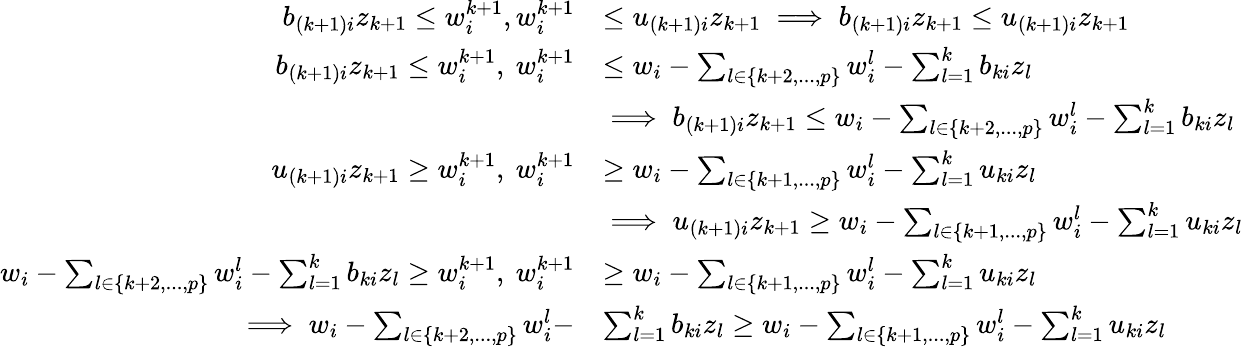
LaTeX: \begin{array}{rl}{b_{(k+1)i}z_{k+1}\leq w_{i}^{k+1},w_{i}^{k+1}}&{\leq u_{(k+1)i}z_{k+1}\implies b_{(k+1)i}z_{k+1}\leq u_{(k+1)i}z_{k+1}}\\ {b_{(k+1)i}z_{k+1}\leq w_{i}^{k+1},~w_{i}^{k+1}}&{\leq w_{i}-\sum_{l\in\{ k+2,...,p\} }w_{i}^{l}-\sum_{l=1}^{k}b_{ki}z_{l}}\\ &{\implies b_{(k+1)i}z_{k+1}\leq w_{i}-\sum_{l\in\{ k+2,...,p\} }w_{i}^{l}-\sum_{l=1}^{k}b_{ki}z_{l}}\\ {u_{(k+1)i}z_{k+1}\geq w_{i}^{k+1},~w_{i}^{k+1}}&{\geq w_{i}-\sum_{l\in\{ k+1,...,p\} }w_{i}^{l}-\sum_{l=1}^{k}u_{ki}z_{l}}\\ &{\implies u_{(k+1)i}z_{k+1}\geq w_{i}-\sum_{l\in\{ k+1,...,p\} }w_{i}^{l}-\sum_{l=1}^{k}u_{ki}z_{l}}\\ {w_{i}-\sum_{l\in\{ k+2,...,p\} }w_{i}^{l}-\sum_{l=1}^{k}b_{ki}z_{l}\geq w_{i}^{k+1},~w_{i}^{k+1}}&{\geq w_{i}-\sum_{l\in\{ k+1,...,p\} }w_{i}^{l}-\sum_{l=1}^{k}u_{ki}z_{l}}\\ {\implies w_{i}-\sum_{l\in\{ k+2,...,p\} }w_{i}^{l}-}&{\sum_{l=1}^{k}b_{ki}z_{l}\geq w_{i}-\sum_{l\in\{ k+1,...,p\} }w_{i}^{l}-\sum_{l=1}^{k}u_{ki}z_{l}}\end{array}